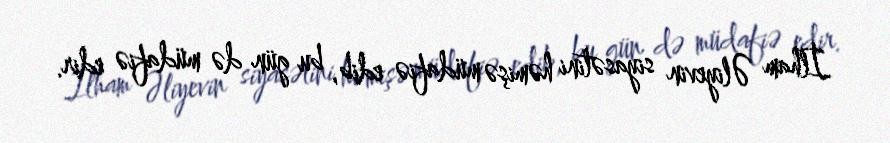
İlham Əliyevin siyasətini həmişə müdafiə edib, bu gün də müdafiə edir.